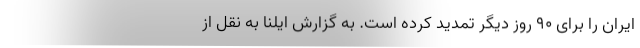
ایران را برای ۹۰ روز دیگر تمدید کرده است. به گزارش ایلنا به نقل از